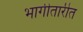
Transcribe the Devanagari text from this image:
भागीतारीत